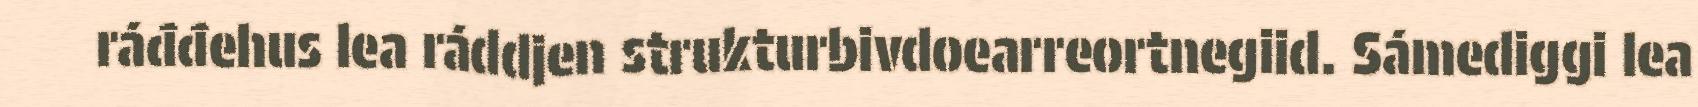
ráđđehus lea ráddjen strukturbivdoearreortnegiid. Sámediggi lea